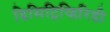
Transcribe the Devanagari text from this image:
डिसिट्रिव्हिरिडी